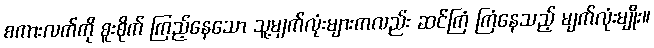
စကားလက်ကို စူးစိုက် ကြည့်နေသော သူ့မျက်လုံးများကလည်း ဆင်ကြံ ကြံနေသည့် မျက်လုံးမျိုး။